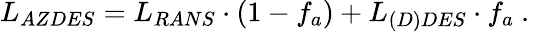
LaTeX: L_{AZDES}=L_{RANS}\cdot(1-f_{a})+L_{(D)DES}\cdot f_{a}\mathrm{~.~}